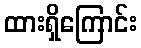
ထားရှိကြောင်း